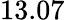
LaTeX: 13.07